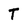
Character: T